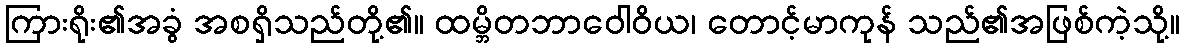
ကြားရိုး၏အခွံ အစရှိသည်တို့၏။ ထမ္ဘိတဘာဝေါဝိယ၊ တောင့်မာကုန် သည်၏အဖြစ်ကဲ့သို့။